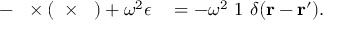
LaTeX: - \mathrm { \boldmath { ~ \nabla \times ( \nabla \times \Gamma ~ } } ) + \omega ^ { 2 } \epsilon \mathrm { \boldmath { ~ \Gamma ~ } } = - \omega ^ { 2 } \mathrm { \boldmath { ~ 1 ~ } } \delta ( { \bf r - r ^ { \prime } } ) .